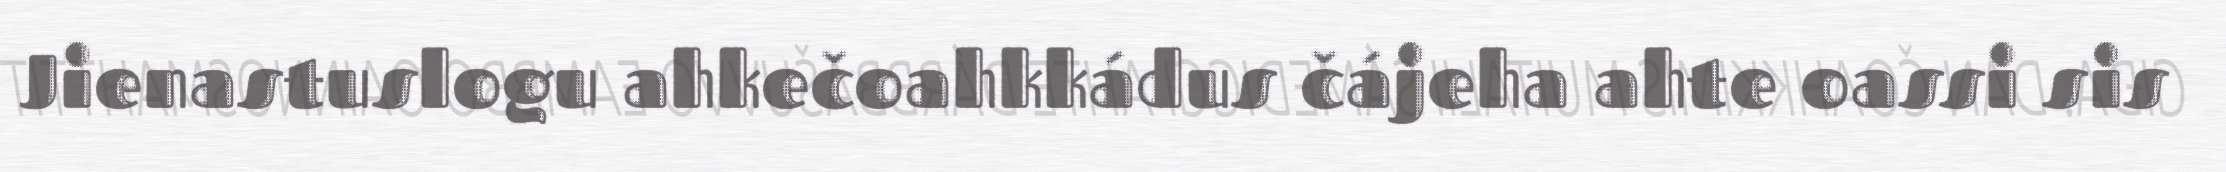
Jienastuslogu ahkečoahkkádus čájeha ahte oassi sis